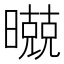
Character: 𣋢